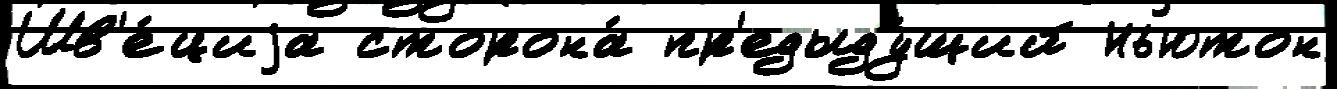
Шв'е́циjа сторона́ пр'едыду́щий Ньютон